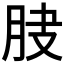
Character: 𦚀